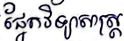
ផ្នែកវិទ្យាសាស្ត្រ